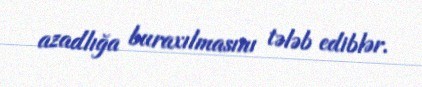
azadlığa buraxılmasını tələb ediblər.